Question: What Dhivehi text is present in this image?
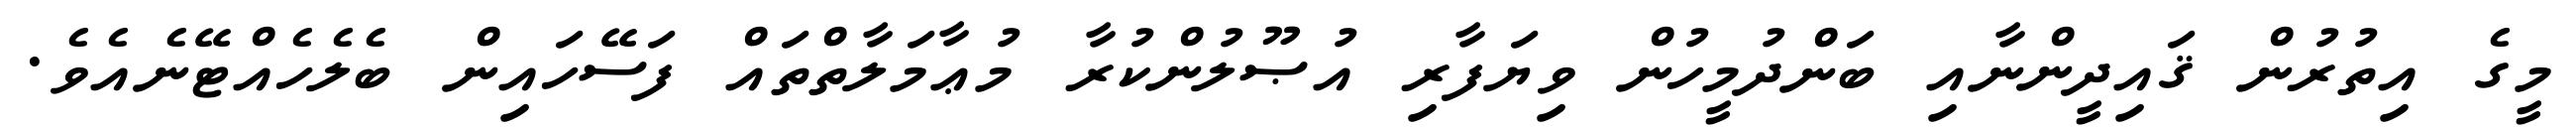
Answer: މީގެ އިތުރުން ޤައިދީންނާއި ބަންދުމީހުން ވިޔަފާރި އުޞޫލުންކުރާ މުޢާމަލާތްތައް ފަސޭހައިން ބެލެހެއްޓޭނެއެވެ.